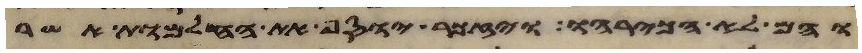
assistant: והם לא הכרהו ויזכר יוסף את החלמות אשר